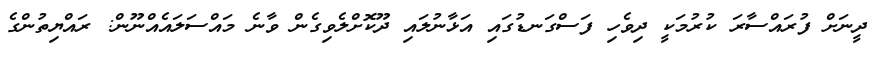
ދީނަށް ފުރައްސާރަ ކުރުމަކީ ދިވެހި ފަސްގަނޑުގައި އަޅާނުލައި ދޫކޮށްލެވިގެން ވާނެ މައްސަލައެއްނޫން: ރައްޔިތުންގެ